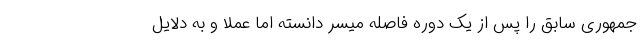
جمهوری سابق را پس از یک دوره فاصله میسر دانسته اما عملا و به دلایل